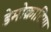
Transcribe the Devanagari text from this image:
डेमोक्राटिया